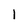
Character: 1